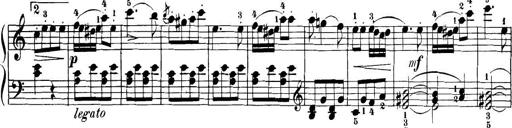
Title: 32 Sonatinas and Rondos for the Piano
Composer: Richard Kleinmichel